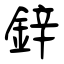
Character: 鋅